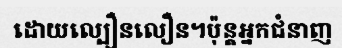
ដោយល្បឿនលឿន។ប៉ុន្តអ្នកជំនាញ